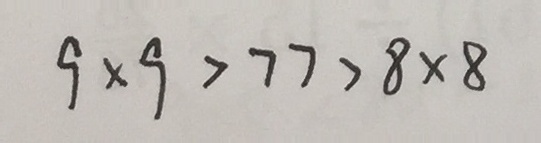
9 \times 9 > 7 7 > 8 \times 8